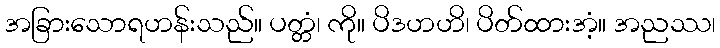
အခြားသောရဟန်းသည်။ ပတ္တံ၊ ကို။ ပိဒဟဟိ၊ ပိတ်ထားအံ့။ အညဿ၊